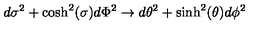
d \sigma ^ { 2 } + \cosh ^ { 2 } ( \sigma ) d \Phi ^ { 2 } \to d \theta ^ { 2 } + \sinh ^ { 2 } ( \theta ) d \phi ^ { 2 }